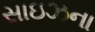
સાઇઝના